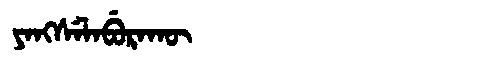
Manchu: ᠶᠠᠩᠰᡝᠯᠠᠪᡠᡵᠠᡴᡡ
Romanization: YANGSELABURAKŪ